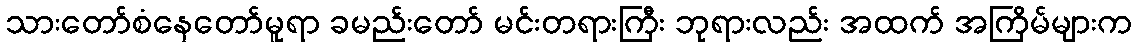
သားတော်စံနေတော်မူရာ ခမည်းတော် မင်းတရားကြီး ဘုရားလည်း အထက် အကြိမ်များက